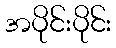
အပိုင်းပိုင်း